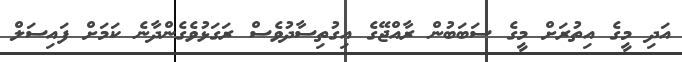
އަދި މީގެ އިތުރަށް މީގެ ސަބަބުން ރާއްޖޭގެ އިގުތިސާދުވެސް ރަގަޅުވެގެންދާނެ ކަމަށް ފައިސަލް